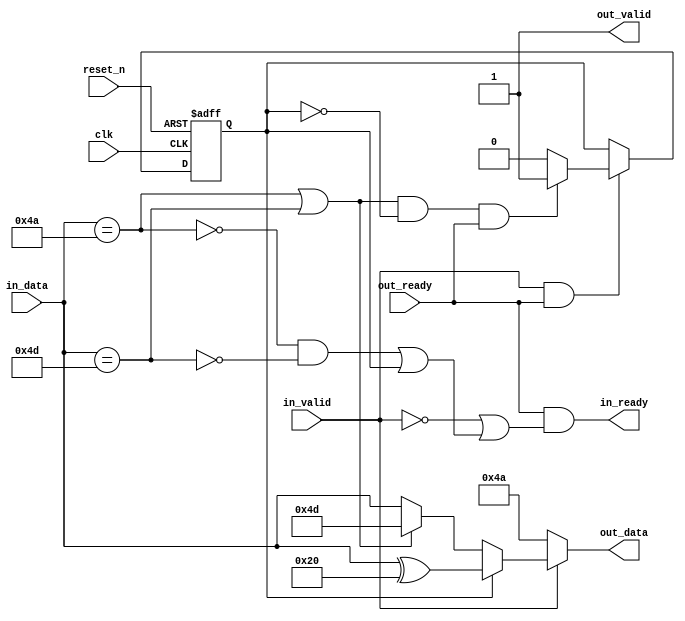
module altera_avalon_st_idle_inserter (

      // Interface: clk
      input              clk,
      input              reset_n,
      // Interface: ST in
      output reg         in_ready,
      input              in_valid,
      input      [7: 0]  in_data,

      // Interface: ST out 
      input              out_ready,
      output reg         out_valid,
      output reg [7: 0]  out_data
);

   // ---------------------------------------------------------------------
   //| Signal Declarations
   // ---------------------------------------------------------------------

   reg  received_esc;
   wire escape_char, idle_char;

   // ---------------------------------------------------------------------
   //| Thingofamagick
   // ---------------------------------------------------------------------

   assign idle_char = (in_data == 8'h4a);
   assign escape_char = (in_data == 8'h4d);

   always @(posedge clk or negedge reset_n) begin
      if (!reset_n) begin
         received_esc <= 0; 
      end else begin
         if (in_valid & out_ready) begin
            if ((idle_char | escape_char) & ~received_esc & out_ready) begin
                 received_esc <= 1;
            end else begin
                 received_esc <= 0;
            end
         end
      end
   end

   always @* begin
      //we are always valid
      out_valid = 1'b1;
      in_ready = out_ready & (~in_valid | ((~idle_char & ~escape_char) | received_esc));
      out_data = (~in_valid) ? 8'h4a :    //if input is not valid, insert idle
                 (received_esc) ? in_data ^ 8'h20 : //escaped once, send data XOR'd
                 (idle_char | escape_char) ? 8'h4d : //input needs escaping, send escape_char
                 in_data; //send data
   end
endmodule